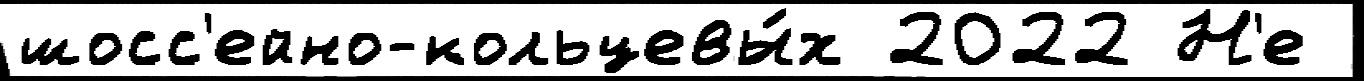
шосс'ейно-кольцевы́х 2022 Н'е